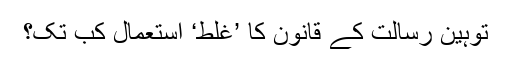
توہین رسالت کے قانون کا ’غلط‘ استعمال کب تک؟